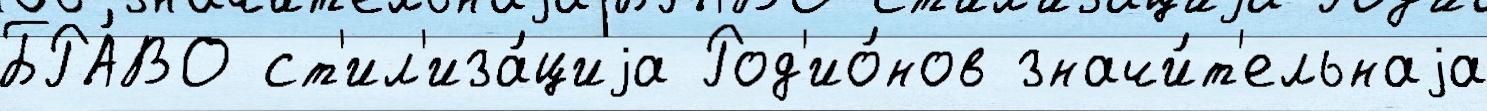
БРА́ВО ст'ил'иза́циjа Род'ио́нов значи́т'ельнаjа